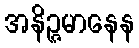
အနိဉ္ဇမာနေန